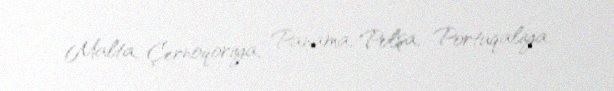
Malta, Çernoqoriya, Panama, Polşa, Portuqaliya.